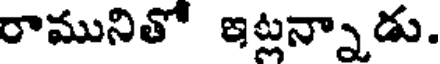
రామునితో ఇట్లన్నాడు.